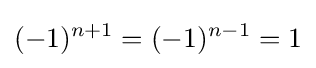
(-1)^{n+1}=(-1)^{n-1}=1